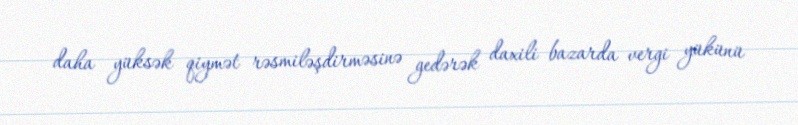
daha yüksək qiymət rəsmiləşdirməsinə gedərək daxili bazarda vergi yükünü